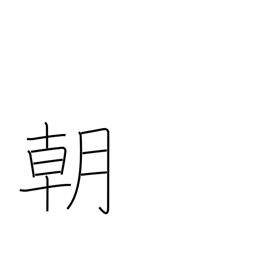
Meaning: dynasty